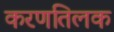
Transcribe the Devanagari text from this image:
करणतिलक